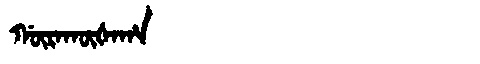
Manchu: ᡤᡡᡵᠠᡴᡡᡧᠠᡥᠠ
Romanization: GŪRAKŪŠAHA